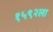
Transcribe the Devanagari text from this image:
१५९२ला